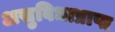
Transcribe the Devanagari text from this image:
असुविधाप्राप्त